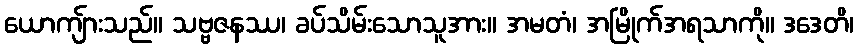
ယောကျ်ားသည်။ သဗ္ဗဇနဿ၊ ခပ်သိမ်းသောသူအား။ အမတံ၊ အမြိုက်အရသာကို။ ဒဒေတိ၊